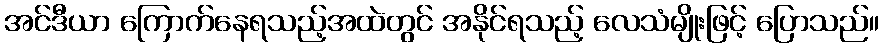
အင်ဒီယာ ကြောက်နေရသည့်အထဲတွင် အနိုင်ရသည့် လေသံမျိုးဖြင့် ပြောသည်။